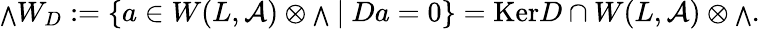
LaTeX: {{\scriptstyle\bigwedge}}W_{D}:=\{ a\in W(L,{\cal A})\otimes{\scriptstyle\bigwedge}\ |\ Da=0\} =\mathrm{Ker}D\cap W(L,{\cal A})\otimes{\scriptstyle\bigwedge}.